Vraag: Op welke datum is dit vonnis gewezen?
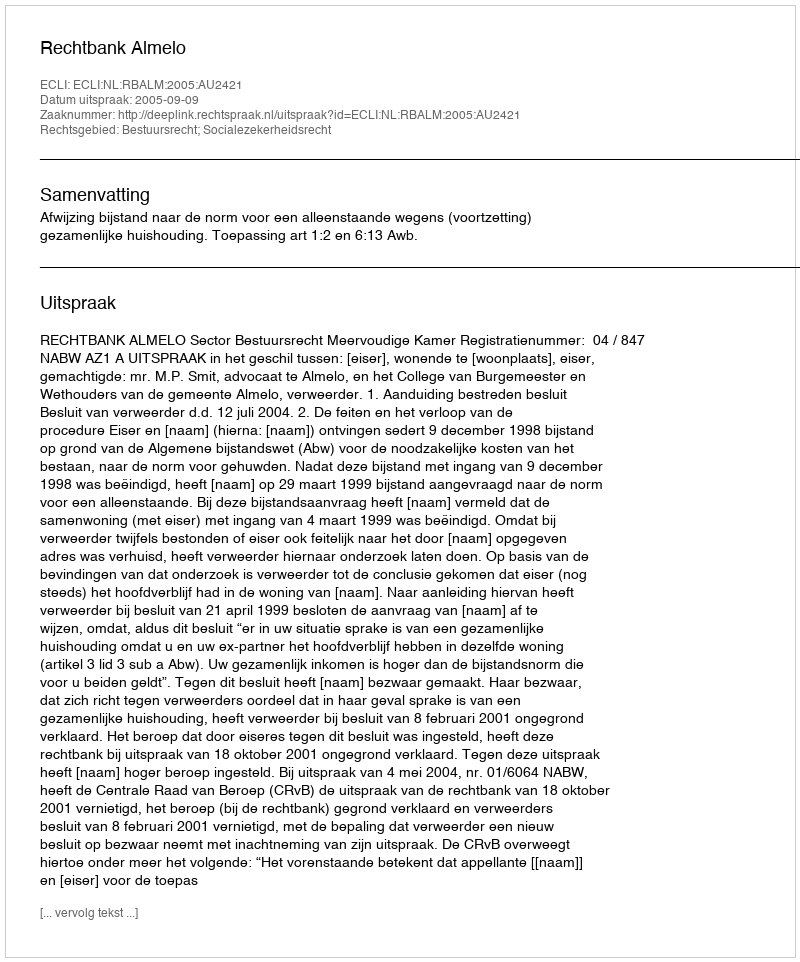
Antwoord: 2005-09-09